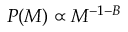
P ( M ) \propto M ^ { - 1 - B }